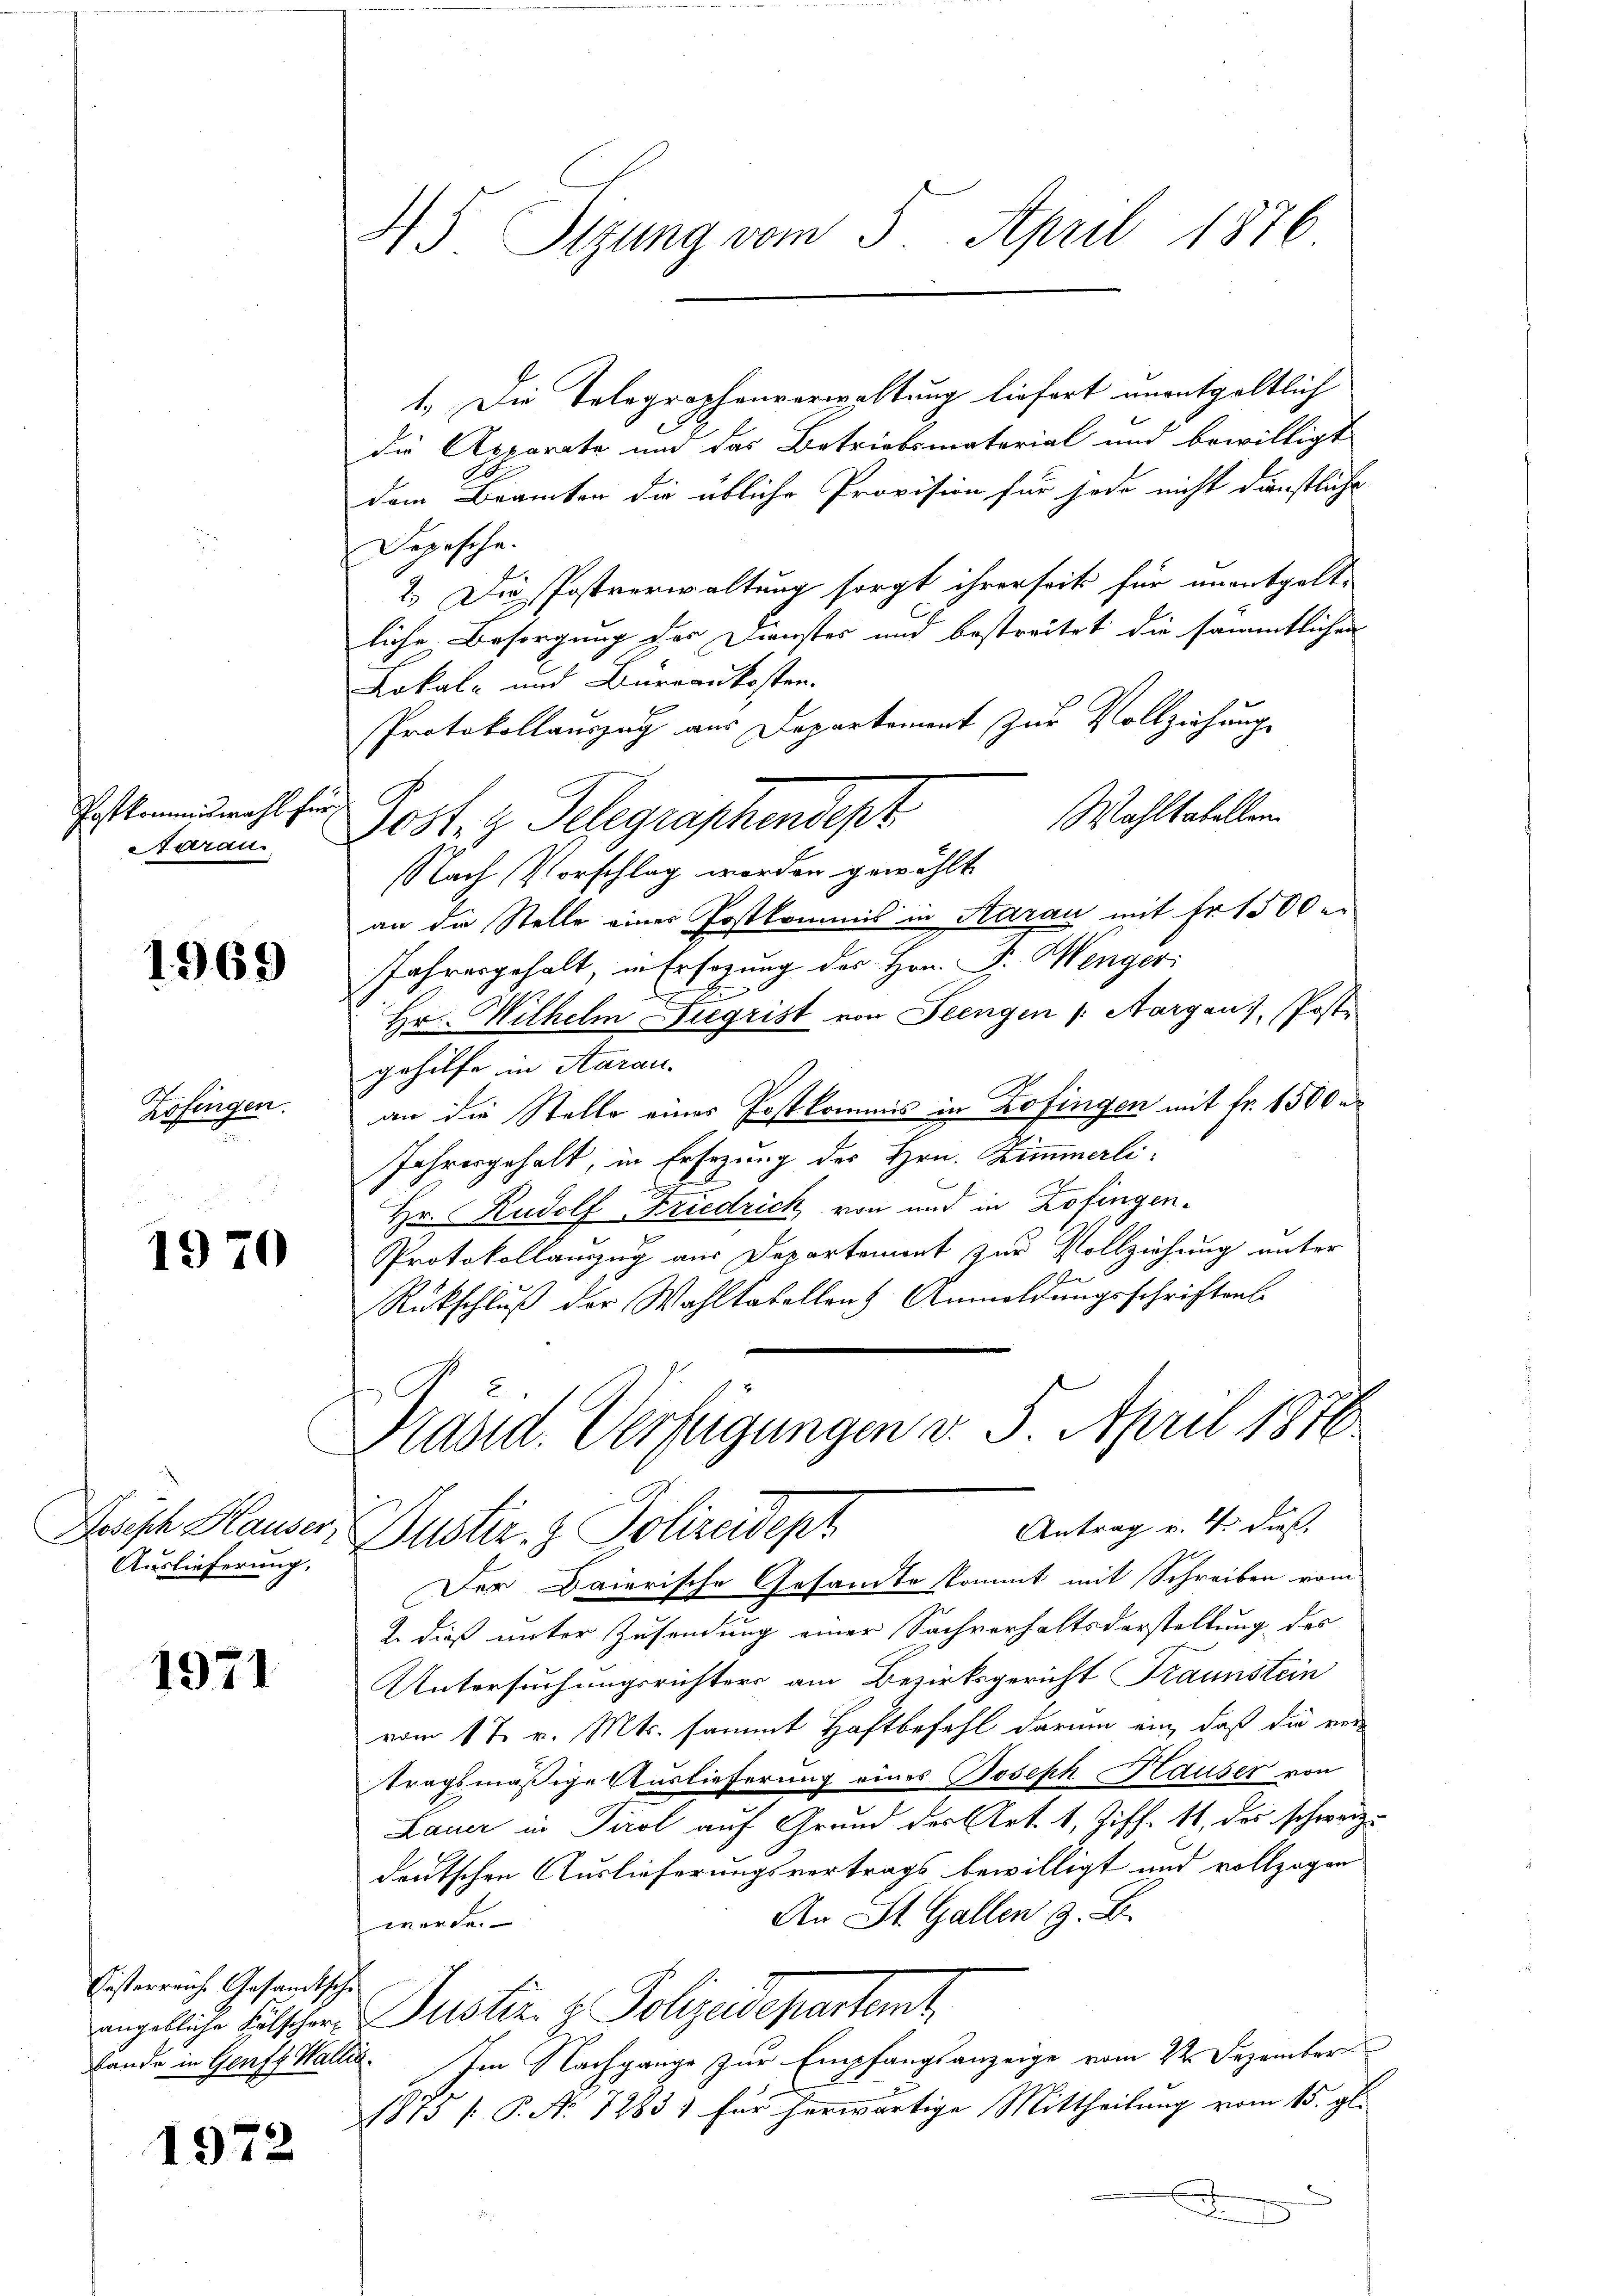
Paskommiswahl für
Starau

1969

Zofingen.

1970

Auslieferung,

1971

Eisterrauch. Gesandtsche

1972

45 Sizung vom 5. April 1876

1.) Die Telegraphenverwaltung liefert unentgeltlich
die Apparata und das Betriebsmaterial und bewilligt
dem Brämter die übliche Provision für jede nicht dünstliche
Depesche.
2.) Die Postverwaltung sorgt ihrerseit für unentgelte
liche Besorgung der Dienstes und bestreitet die sämmtlichen
Lokal- und Büreaukosten.
Protokollauszug aus Departement zur Vollziehung
Wahltabellen.
sosten Telegraphendept
Nach Vorschlag worden gewählt
an die Stelle einer Postkommis in Aarau mit Fr. 1500
Jahresgehalt, in Ersezung des Hrn. Fr. Menger
x
Hr. Wilhelm Sigrist von Frengen (Aargaus, Poste
gehilfe in Aarau
an die Stelle eines Postkommis in Zofingen mit Fr. 1500 n
Jahresgehalt, in Ersezung des Hrn. Zimmerli
Hr. Rudolf Friedrich von und in Zofingen.
Protokollauszug aus Departement zur Vollziehung unter
Rückschluß der Wahltabellen Anmeldungsschriften
Präsid. Verfügungen v. 5. April 1876
Antrag v. 4. daß
Pesisch Hauser, Justiz & Polizeidept
Der Baierische Gesandte kommt mit Schreiben vom
2
2. dieß unter Zusendung einer Sachverhaltsdarstellung des
Untersuchungsrichters am Bezirksgericht Fraunstein
vom 1 t v. Mts. sammt Haftbefehl darum ein, daß die ver-
tragsmäßige Auslieferung eines Joseph Hauser von
Lauer in Tirol auf Grund der Art. 1, Ziff. 11, der schweiz.
deutschen Auslieferungsvertrags bewilligt und vollzogen
An St. Gallen z. B.
werde.
angebliche Fälscher Justiz- & Polizeidepartent
bande in Genft Wallis. Im Nachgange zur Empfangsanzeige vom 22. Dezember
1875 /: P. Nr. 7283) für herwärtige Mittheilung vom 15. gl.